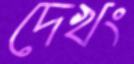
দেখং